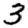
Digit: 3